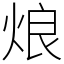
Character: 烺